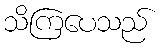
သိကြပေသည်